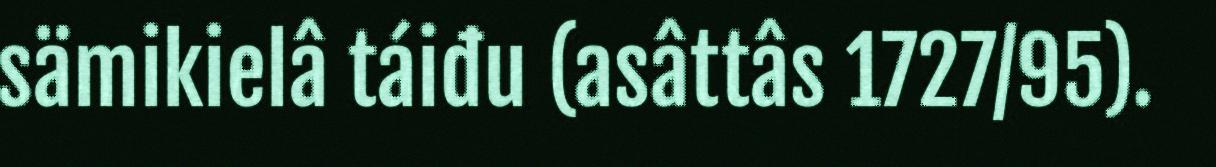
sämikielâ táiđu (asâttâs 1727/95).